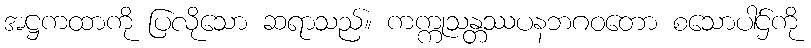
အဋ္ဌကထာကို ပြလိုသော ဆရာသည်။ ကက္ကုသန္တဿပနဘဂဝတော စသောပါဌ်ကို